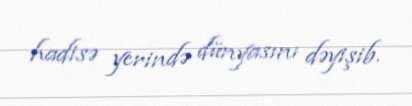
hadisə yerində dünyasını dəyişib.